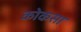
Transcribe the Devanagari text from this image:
कोकसा